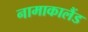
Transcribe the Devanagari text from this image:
नामाकालैंड